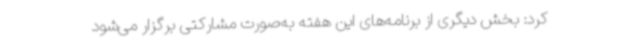
کرد: بخش دیگری از برنامه‌های این هفته به‌صورت مشارکتی برگزار می‌شود